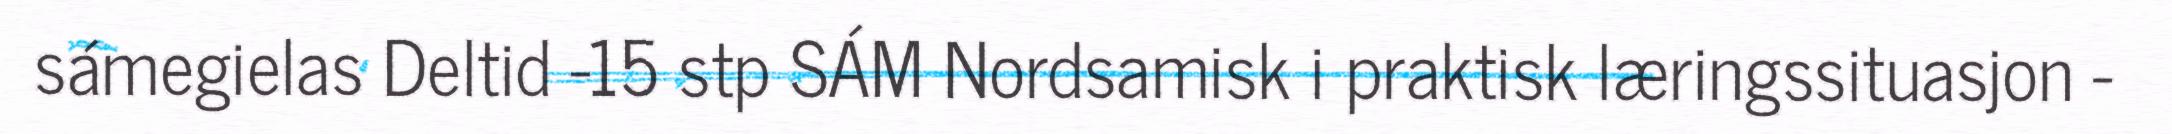
sámegielas Deltid -15 stp SÁM Nordsamisk i praktisk læringssituasjon -